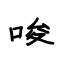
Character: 唆